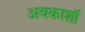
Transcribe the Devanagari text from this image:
अवकाशॉ